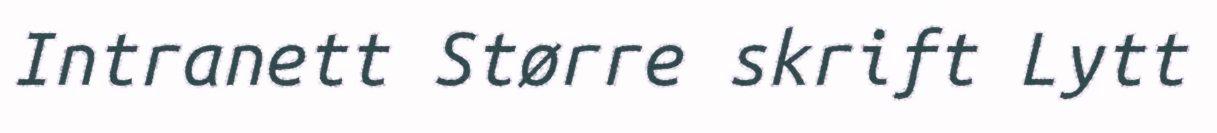
Intranett Større skrift Lytt